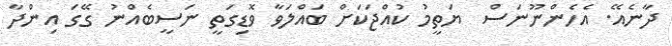
ދާނެއޭ. އެހެންނޫނަސް  ޔަތީމު ކުއްޖަކަށް ބައްލަވާ ވޮޑިގަތީ ނަސީބެއްނު ގޭގަ އިންދާ